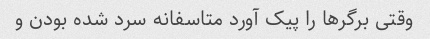
وقتی برگرها را پیک آورد متاسفانه سرد شده بودن و